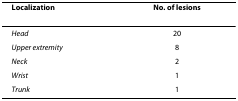
<table><thead><tr><td><b>Localization</b></td><td><b>No. of lesions</b></td></tr></thead><tbody><tr><td><i>Head</i></td><td>20</td></tr><tr><td><i>Upper extremity</i></td><td>8</td></tr><tr><td><i>Neck</i></td><td>2</td></tr><tr><td><i>Wrist</i></td><td>1</td></tr><tr><td><i>Trunk</i></td><td>1</td></tr></tbody></table>